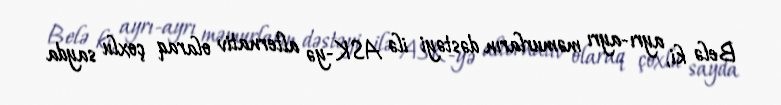
Belə ki, ayrı-ayrı məmurların dəstəyi ilə ASK-yə alternativ olaraq çoxlu sayda